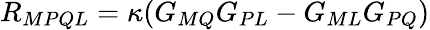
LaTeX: R_{MPQL}=\kappa(G_{MQ}G_{PL}-G_{ML}G_{PQ})